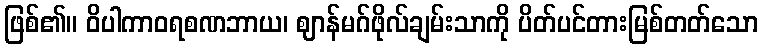
ဖြစ်၏။ ဝိပါကာဝရစဏဘာယ၊ ဈာန်မဂ်ဖိုလ်ချမ်းသာကို ပိတ်ပင်တားမြစ်တတ်သော